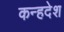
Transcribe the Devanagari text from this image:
कन्हदेश